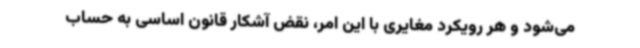
می‌شود و هر رویکرد مغایری با این امر، نقض آشکار قانون اساسی به حساب